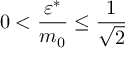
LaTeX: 0 < \frac { \varepsilon ^ { \ast } } { m _ { 0 } } \le \frac { 1 } { \sqrt { 2 } }